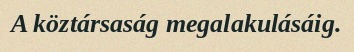
A köztársaság megalakulásáig.